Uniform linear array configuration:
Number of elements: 48
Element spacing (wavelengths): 0.5
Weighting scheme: uniform
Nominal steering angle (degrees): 0
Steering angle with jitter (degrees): -0.2504
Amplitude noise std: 0.05
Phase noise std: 0.05

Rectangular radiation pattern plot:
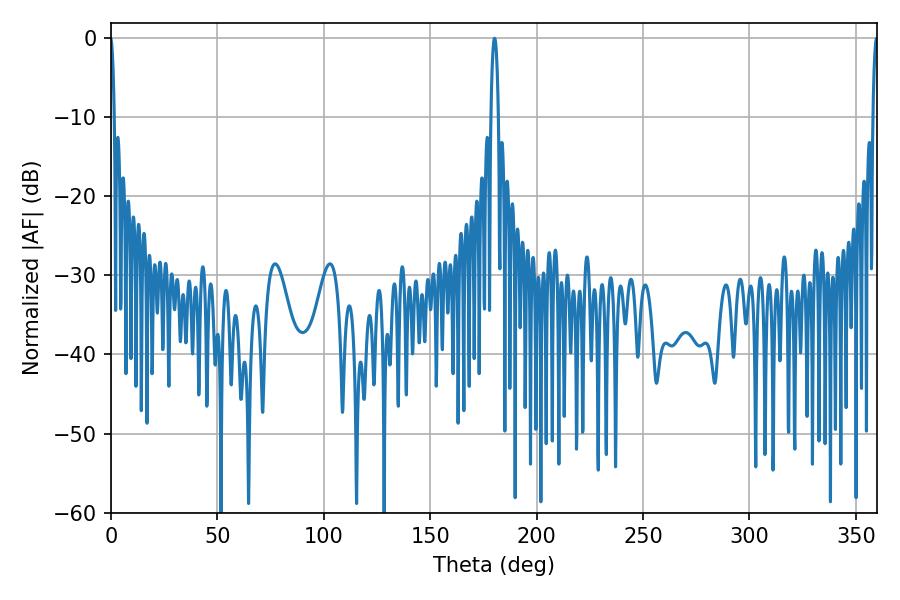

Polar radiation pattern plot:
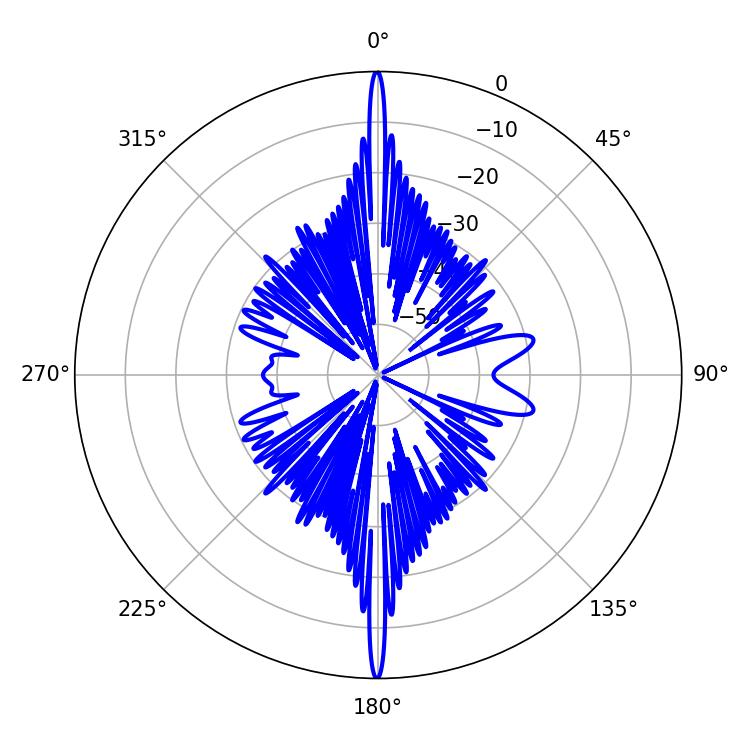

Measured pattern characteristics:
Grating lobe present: FALSE
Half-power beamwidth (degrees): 1.98
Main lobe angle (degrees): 180.18